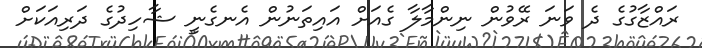
ރައްޒާގުގެ ދެ ވަނަ ރޭވުން ނިންމާލާ ގެއަށް އައިތަނުން އެނގެނީ ޝާހިދުގެ ދަރިއަކަށް